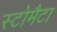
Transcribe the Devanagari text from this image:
स्टोमैटा